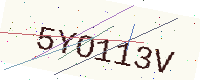
Text: 5YO113V